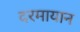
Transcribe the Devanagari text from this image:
दरमायान